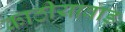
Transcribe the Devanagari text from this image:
काठीयावाड़